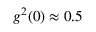
g ^ { 2 } ( 0 ) \approx 0 . 5